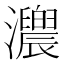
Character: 𤅁